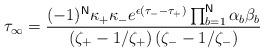
LaTeX: \begin{align*}\tau _{\infty }=\frac{(-1)^{\mathsf{N}}\kappa _{+} \kappa_{-}e^{\epsilon (\tau _{-}-\tau _{+} )}\prod_{b=1}^{\mathsf{N}}\alpha _{b}\beta _{b}}{\left( \zeta _{+}-1/\zeta _{+}\right) \left( \zeta_{-}-1/\zeta _{-}\right) }\end{align*}